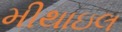
મીથાઇલ